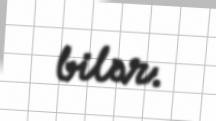
bilər.